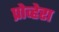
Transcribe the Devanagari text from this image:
प्रोव्हेरा